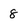
Character: 8